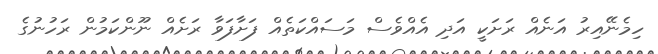
ހިމެނޭއިރު އަނެއް ރަށަކީ އަދި އެއްވެސް މަސައްކަތެއް ފަށާފަވާ ރަށެއް ނޫންކަމުން ރަހުނުގެ